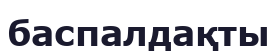
баспалдақты